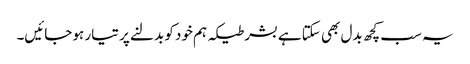
یہ سب کچھ بدل بھی سکتا ہے بشر طیکہ ہم خود کو بدلنے پر تیار ہو جائیں۔